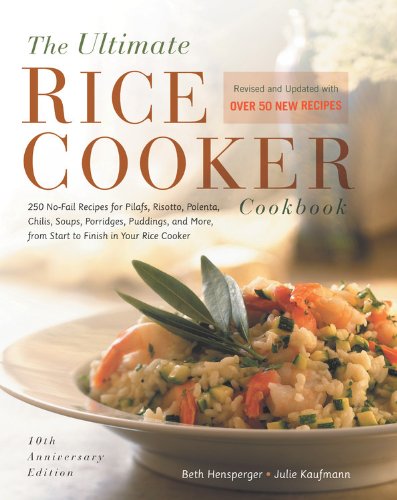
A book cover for The Ultimate Rice Cooker Cookbook - Rev: 250 No-Fail Recipes for Pilafs, Risottos, Polenta, Chilis, Soups, Porridges, Puddings, and More, fro; Beth Hensperger; Cookbooks, Food & Wine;